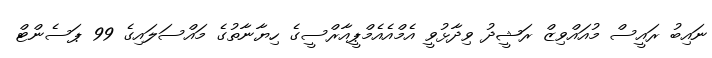
ނައިބު ރައީސް މުއައްވިޒް ރަޝީދު ވިދާޅުވީ އެމްއެއެމްޕީއާރްސީގެ ހިޔާނާތުގެ މައްސަލައިގެ 99 ޕަސެންޓް